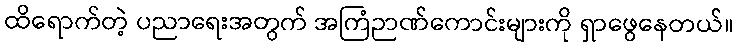
ထိရောက်တဲ့ ပညာရေးအတွက် အကြံဉာဏ်ကောင်းများကို ရှာဖွေနေတယ်။